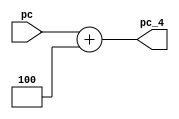
module pc_4( pc , pc_4 );
	input		[31:0]		pc ;
	output		[31:0]		pc_4;
	
	assign pc_4 = pc + 4 ;
	
endmodule